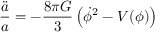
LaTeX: \frac { \ddot { a } } { a } = - \frac { 8 \pi G } { 3 } \left( \dot { \phi } ^ { 2 } - V ( \phi ) \right)